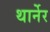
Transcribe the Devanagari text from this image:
थार्नेर